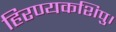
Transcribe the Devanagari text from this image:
हिरण्यकशिपु।